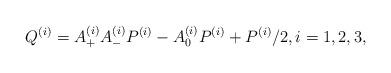
LaTeX: \begin{align*}Q^{(i)}=A_{+}^{(i)}A_{-}^{(i)}P^{(i)}-A_0^{(i)}P^{(i)}+P^{(i)}/2,i=1,2,3,\end{align*}